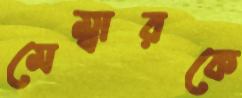
মেম্বারকে